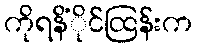
ကိုရနိံိုင်ထြန်းက